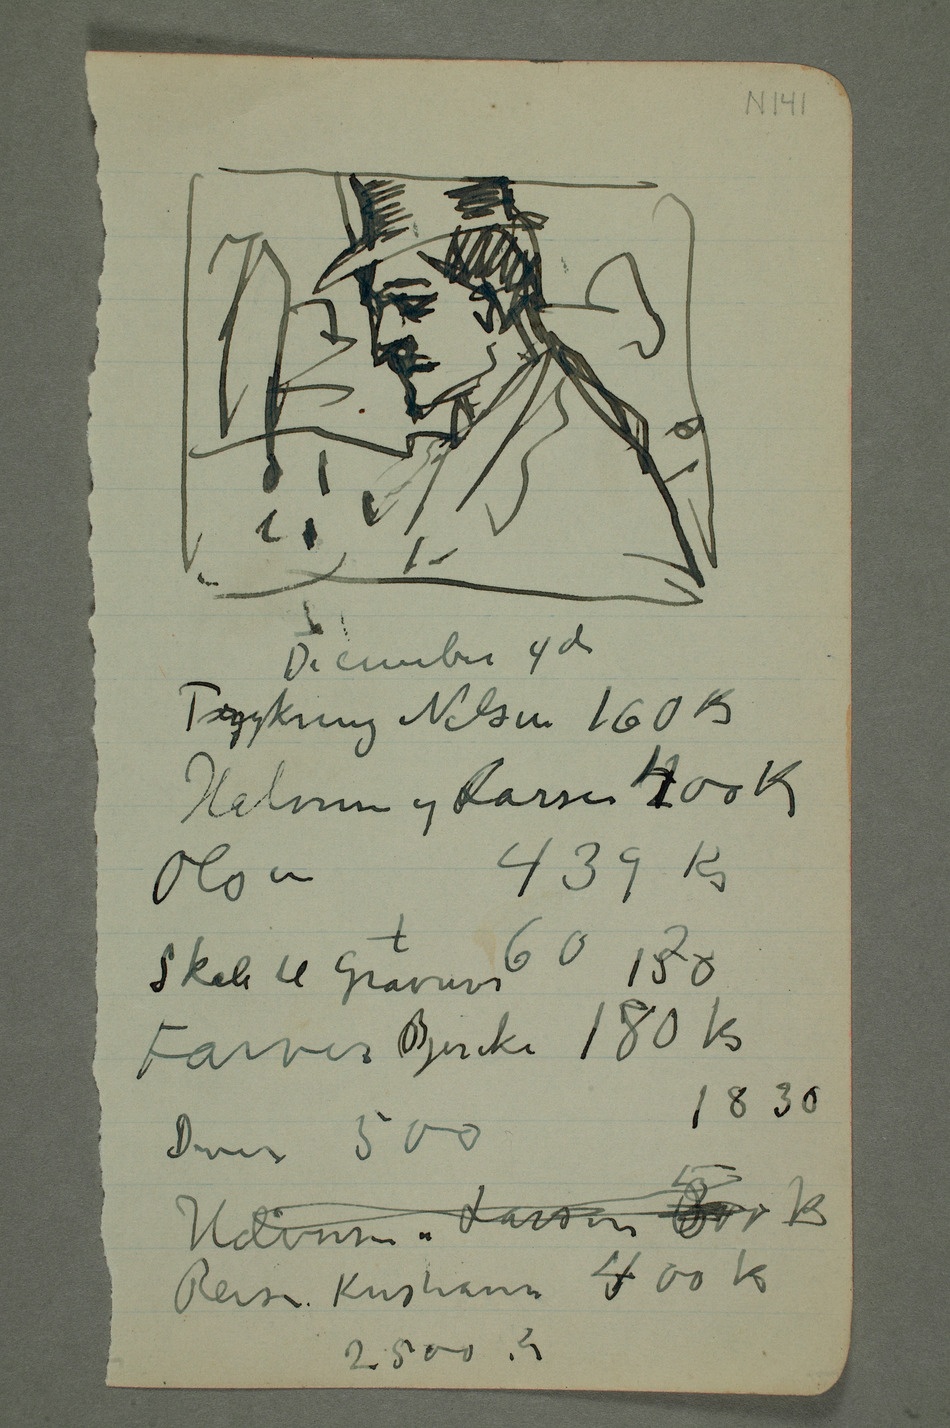
Halvorsen og Larsen 2400 Kr
Skåle til Gravurer 1250
Farver Bjerke 180 kr
Halvorsen og Larsen 500 Kr
Reise Kristiania 400 Kr
2500 Kr